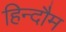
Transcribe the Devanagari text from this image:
हिन्दौम